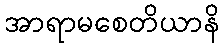
အာရာမစေတိယာနိ